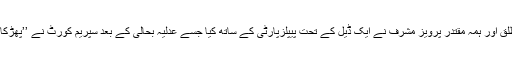
این آراو آمرِ مطلق اور ہمہ مقتدر پرویز مشرف نے ایک ڈیل کے تحت پیپلزپارٹی کے ساتھ کیا جسے عدلیہ بحالی کے بعد سپریم کورٹ نے ’’پھڑکا‘‘ کے رکھ دیا۔